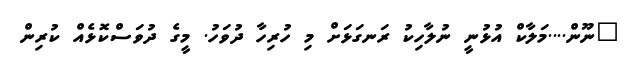
"ނޫން....މަލާކް އުޅުނީ ނުލާހިކު ރަނގަޅަށް މި ހުރިހާ ދުވަހު. މީގެ ދުވަސްކޮޅެއް ކުރިން